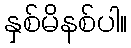
နှစ်မိနစ်ပါ။